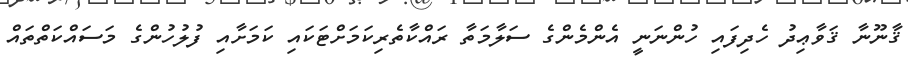
ޤާނޫނާ ޤަވާޢިދު ހެދިފައި ހުންނަނީ އެންމެންގެ ސަލާމަތާ ރައްކާތެރިކަމަށްޓަކައި ކަމަށާއި ފުލުހުންގެ މަސައްކަތްތައް